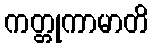
ကတ္တုကာမာတိ